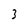
Character: 3